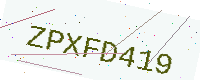
Text: ZPXFD419